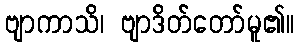
ဗျာကာသိ၊ ဗျာဒိတ်တော်မူ၏။